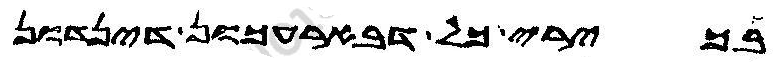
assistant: בכירי כל דבארעכון דינדון